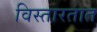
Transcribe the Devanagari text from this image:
विस्तारतात